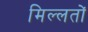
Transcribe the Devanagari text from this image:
मिल्लतों